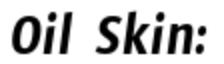
Oil Skin: